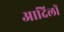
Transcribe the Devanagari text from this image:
आदिलों